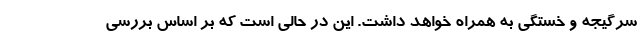
سرگیجه و خستگی به همراه خواهد داشت. این در حالی است که بر اساس بررسی